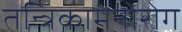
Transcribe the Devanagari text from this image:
तन्त्रिकामनोरोग